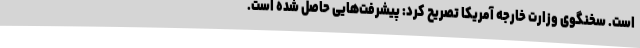
است. سخنگوی وزارت خارجه آمریکا تصریح کرد: پیشرفت‌هایی حاصل شده است.